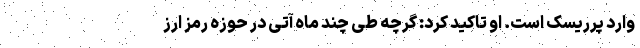
وارد پرریسک است. او تاکید کرد: گرچه طی چند ماه آتی در حوزه رمز ارز